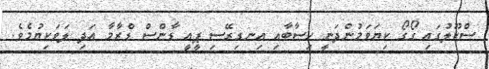
ސްކޫލުގައި ގޯގޯ ކިޔަވަމުންދަނީ ހިސާބާއި އިނގިރޭސި ޕީއީ ޑާންސް ޑްރާމާ އަދި ލަވަކިޔުމެވެ.